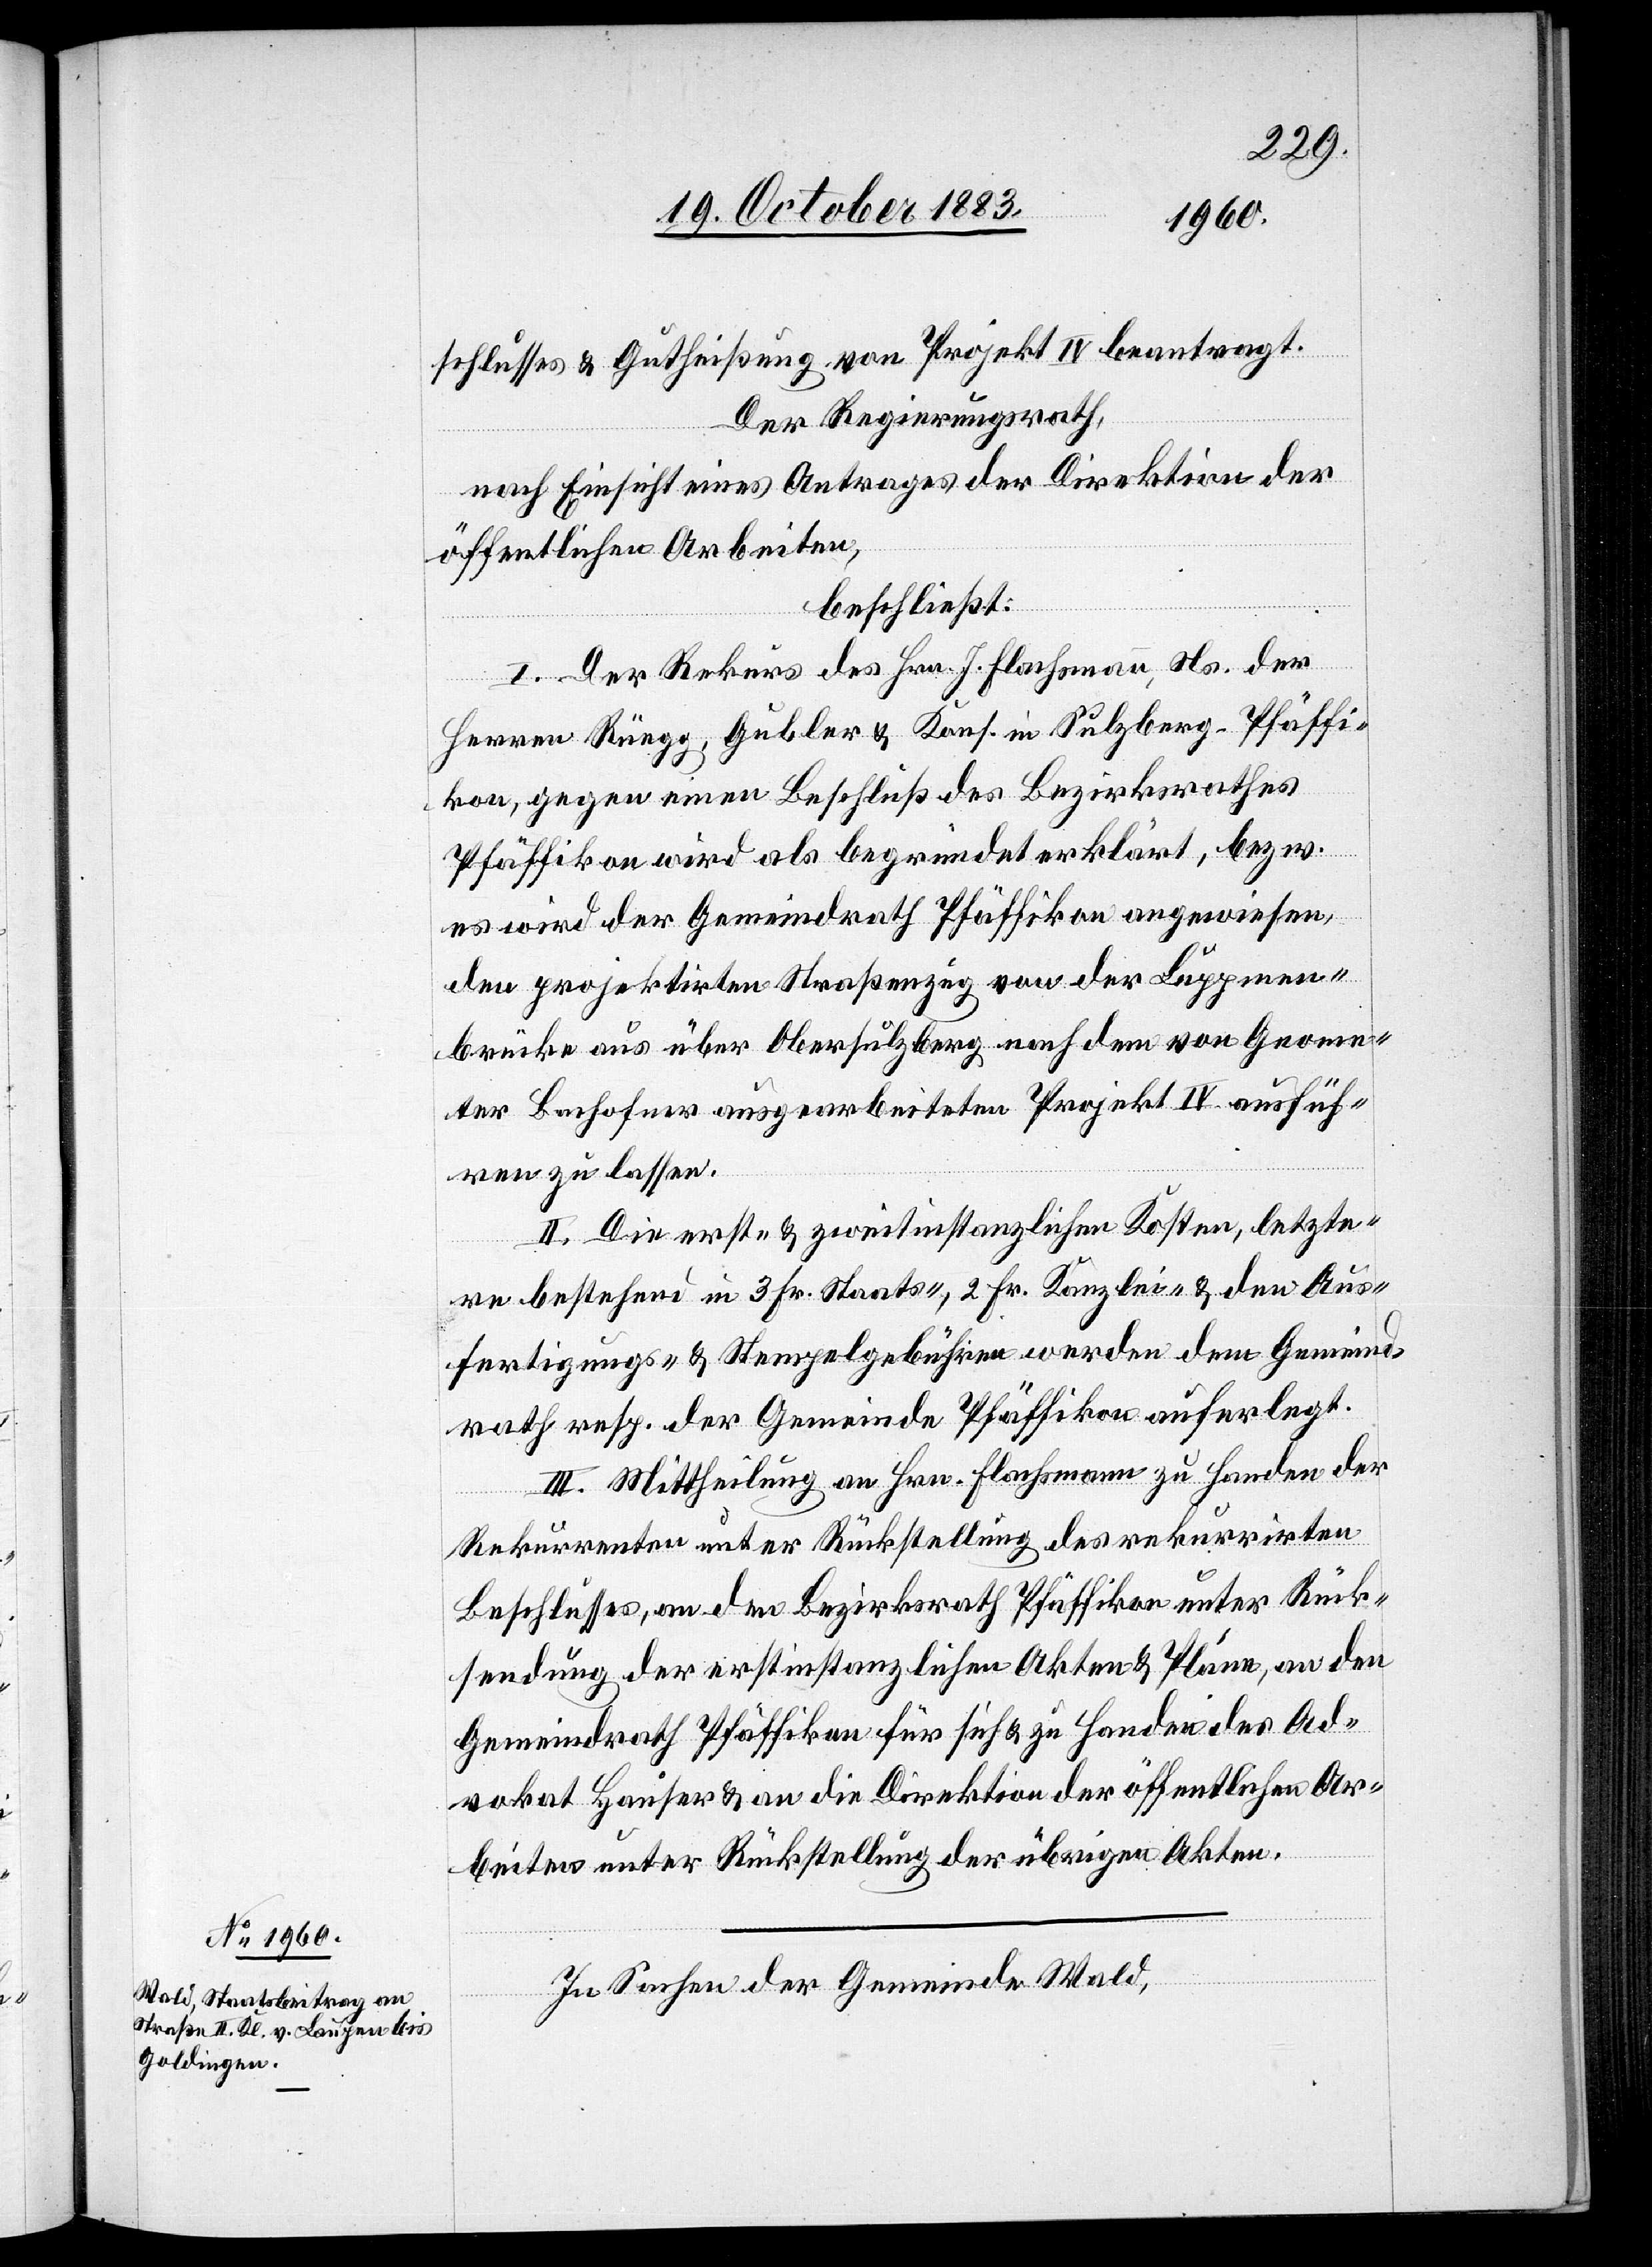
schlusses & Gutheißung von Projekt IV beantragt.
Der Regierungsrath,
nach Einsicht eines Antrages der Direktion der
öffentlichen Arbeiten,
beschließt:
I. Der Rekurs des Hrn. J. Flachsmann, Ns. der
Herren Rüegg, Gubler & Kons. in Sulzberg - Pfäffi¬
kon, gegen einen Beschluß des Bezirksrathes
Pfäffikon wird als begründet erklärt, bezw.
es wird der Gemeindrath Pfäffikon angewiesen,
den projektirten Straßenzug von der Luppmen¬
brücke aus über Obersulzberg nach dem von Geome¬
ter Bachofner ausgearbeiteten Projekt IV. ausfüh¬
ren zu lassen.
II. Die erst- & zweitinstanzlichen Kosten, letzte¬
re bestehend in 3 Fr. Staats-, 2 Fr. Kanzlei- & den Aus¬
fertigungs- & Stempelgebühren werden dem Gemeind¬
rath resp. der Gemeinde Pfäffikon auferlegt.
III. Mittheilung an Hrn. Flachsmann zu Handen der
Rekurrenten unter Rückstellung des rekurrirten
Beschlusses, an den Bezirksrath Pfäffikon unter Rück¬
sendung der erstinstanzlichen Akten & Pläne, an den
Gemeindrath Pfäffikon für sich & zu Handen des Ad¬
vokat Hauser & an die Direktion der öffentlichen Ar¬
beiten unter Rückstellung der übrigen Akten.
In Sachen der Gemeinde Wald,